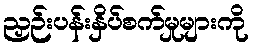
ညှဉ်းပန်းနှိပ်စက်မှုများကို